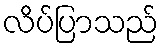
လိပ်ပြာသည်